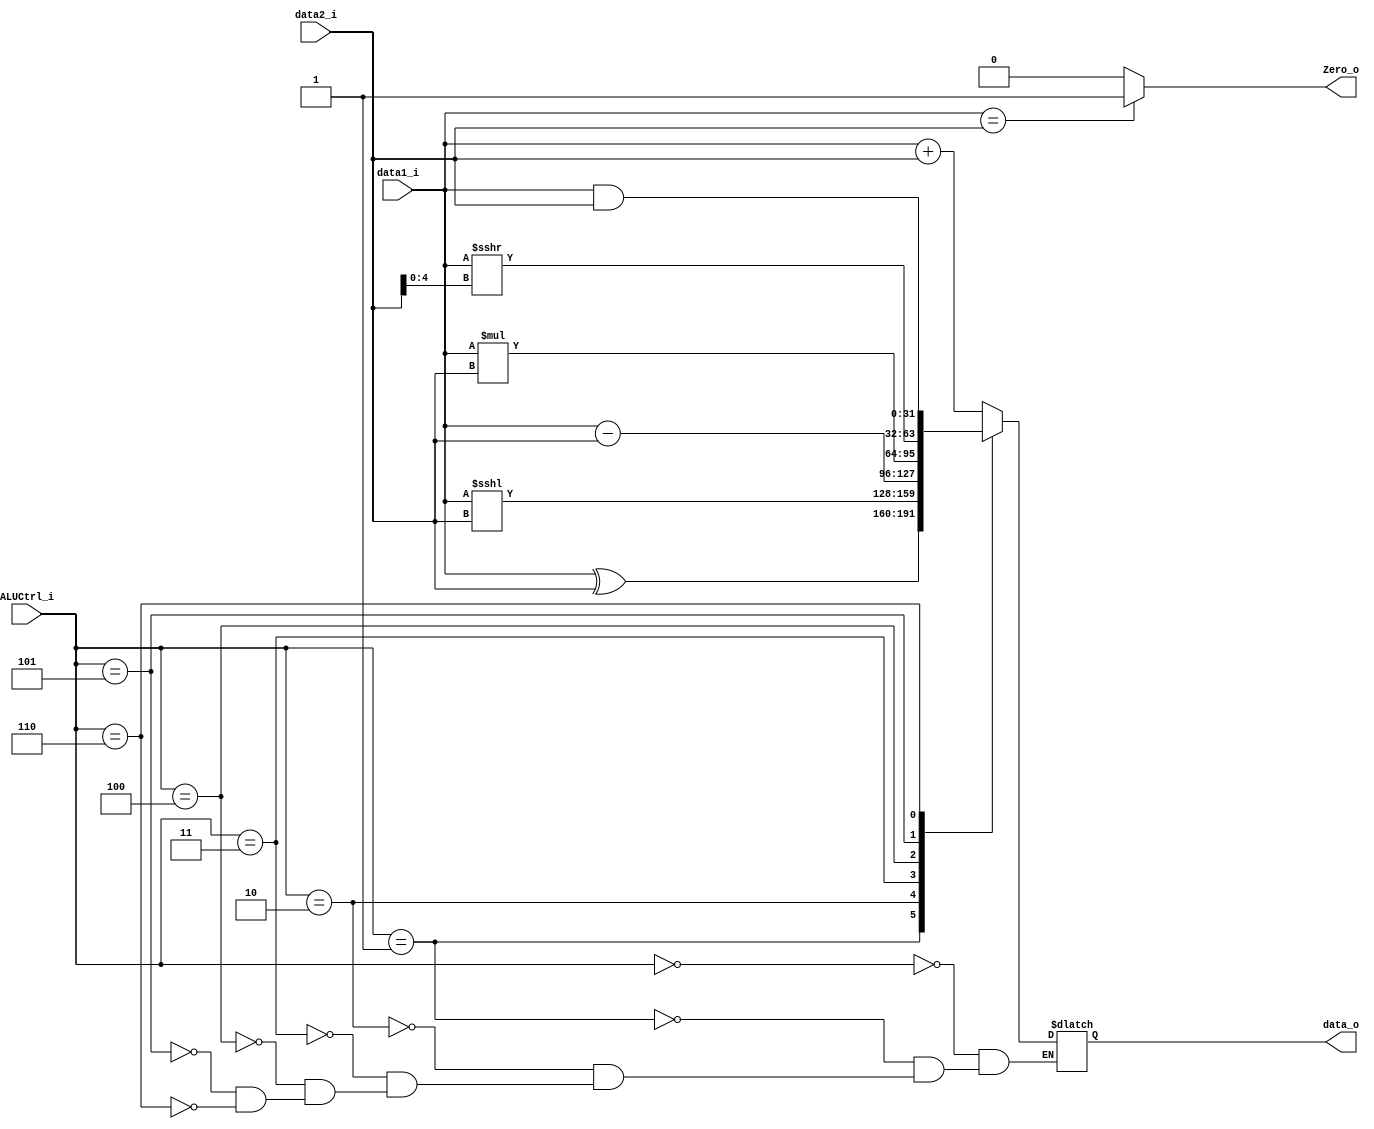
module ALU(
    data1_i,
    data2_i,
    ALUCtrl_i,
    data_o,
    Zero_o
);

input signed [31:0] data1_i;
input [31:0] data2_i;
input [2:0] ALUCtrl_i;
output [31:0] data_o;
output Zero_o;

assign Zero_o = (data1_i==data2_i)? 1:0;
reg [31:0] data;
assign data_o = data;

localparam ADD = 0;
localparam XOR = 1;
localparam SLL = 2;
localparam SUB = 3;
localparam MUL = 4;
localparam SRA = 5;
localparam AND = 6;

always @(*) begin
    case(ALUCtrl_i)
    ADD: begin
        data = data1_i + data2_i;
    end
    XOR: begin
        data = data1_i ^ data2_i;
    end
    SLL: begin
        data = data1_i <<< data2_i;
    end
    SUB: begin
        data = data1_i - data2_i;
    end
    MUL: begin
        data = data1_i * data2_i;
    end
    SRA: begin
        data = data1_i >>> data2_i[4:0];
    end
    AND: begin
        data = data1_i & data2_i;
    end
    endcase
end


endmodule